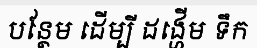
បន្ថែម ដើម្បី ដង្ហើម ទឹក